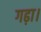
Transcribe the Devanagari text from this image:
गढ़ा।